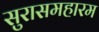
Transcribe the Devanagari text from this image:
सुरासमहारम